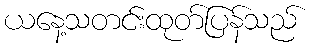
ယနေ့သတင်းထုတ်ပြန်သည်